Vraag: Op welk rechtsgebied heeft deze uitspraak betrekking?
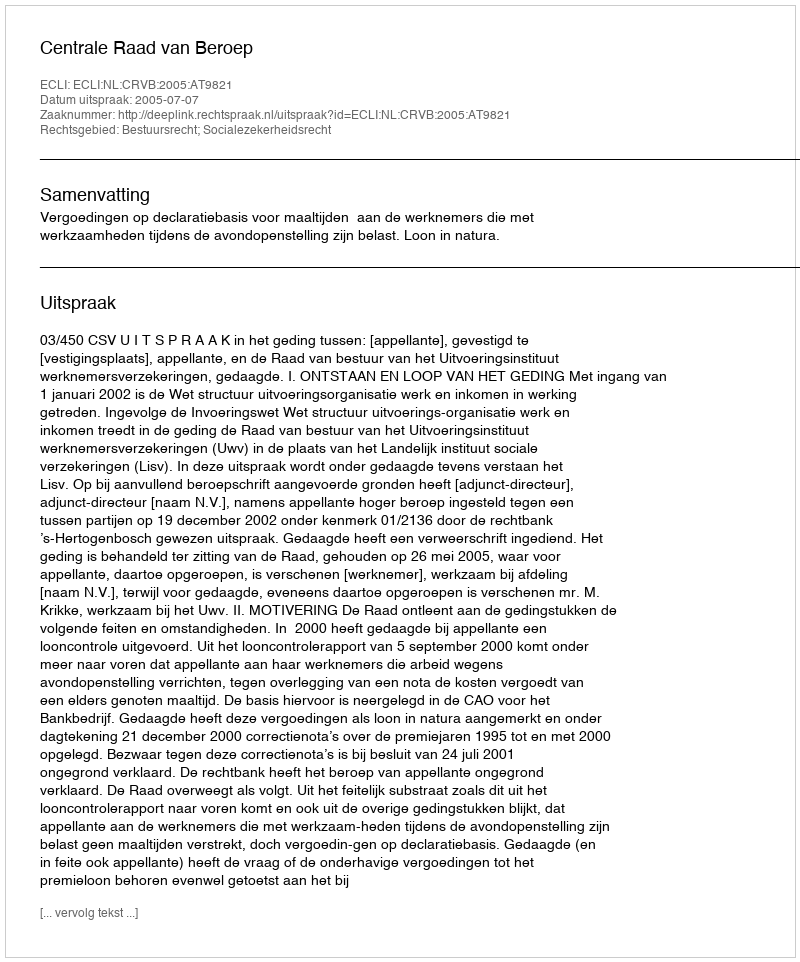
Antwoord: Bestuursrecht; Socialezekerheidsrecht